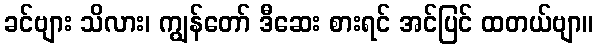
ခင်ဗျား သိလား၊ ကျွန်တော် ဒီဆေး စားရင် အင်ပြင် ထတယ်ဗျာ။